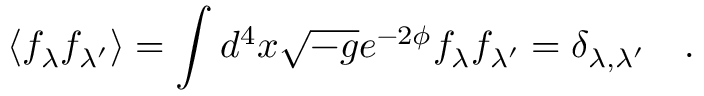
\langle f _ { \lambda } f _ { \lambda ^ { \prime } } \rangle = \int d ^ { 4 } x \sqrt { - g } e ^ { - 2 \phi } f _ { \lambda } f _ { \lambda ^ { \prime } } = \delta _ { \lambda , \lambda ^ { \prime } } \quad .